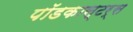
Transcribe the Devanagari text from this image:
पॉडकास्टर्स